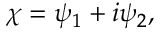
\chi = \psi _ { 1 } + i \psi _ { 2 } ,